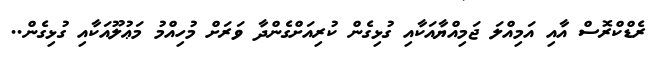
ރެޑްކްރޮސް އާއި އަމިއްލަ ޖަމިއްޔާއަކާއި ގުޅިގެން ކުރިއަށްގެންދާ ވަރަށް މުހިއްމު މަޢުލޫއަކާއި ގުޅިގެން..